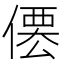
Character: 𠍍